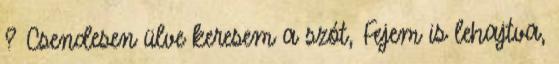
? Csendesen ülve keresem a szót, Fejem is lehajtva,